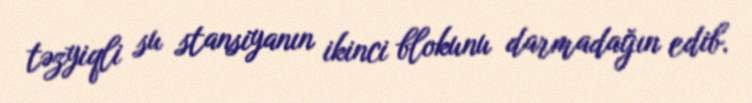
təzyiqli su stansiyanın ikinci blokunu darmadağın edib.